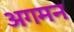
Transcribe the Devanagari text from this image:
अगमन